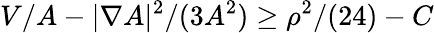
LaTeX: V/A-|\nabla A|^{2}/(3A^{2})\ge\rho^{2}/(24)-C